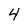
Character: 4